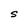
Character: S